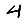
Digit: 4